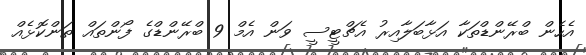
އެހެން ބްރޭންޑްތަކާ އަޅާބަލާއިރު އެޗްޓީސީ ވަން އެމް 9 ބްރޭންޑްގެ ފޯންތައް ތަންކޮޅެއް